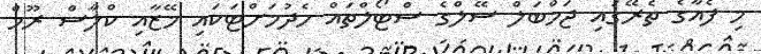
މި ފެއާގެ ތެރޭގައި ޖަމްބަލް ސޭލްގެ ސްޓޯލްތައް ހެދުމަށްޓަކައި މޭޒާއި ކްލާސް ރޫމް